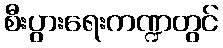
စီးပွားရေးကဏ္ဍတွင်